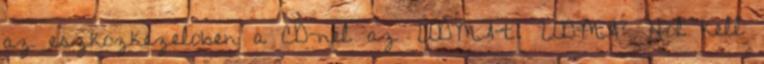
az eszkozkezeloben a CD-nel az UDMA-t. UDMA? Hol kell